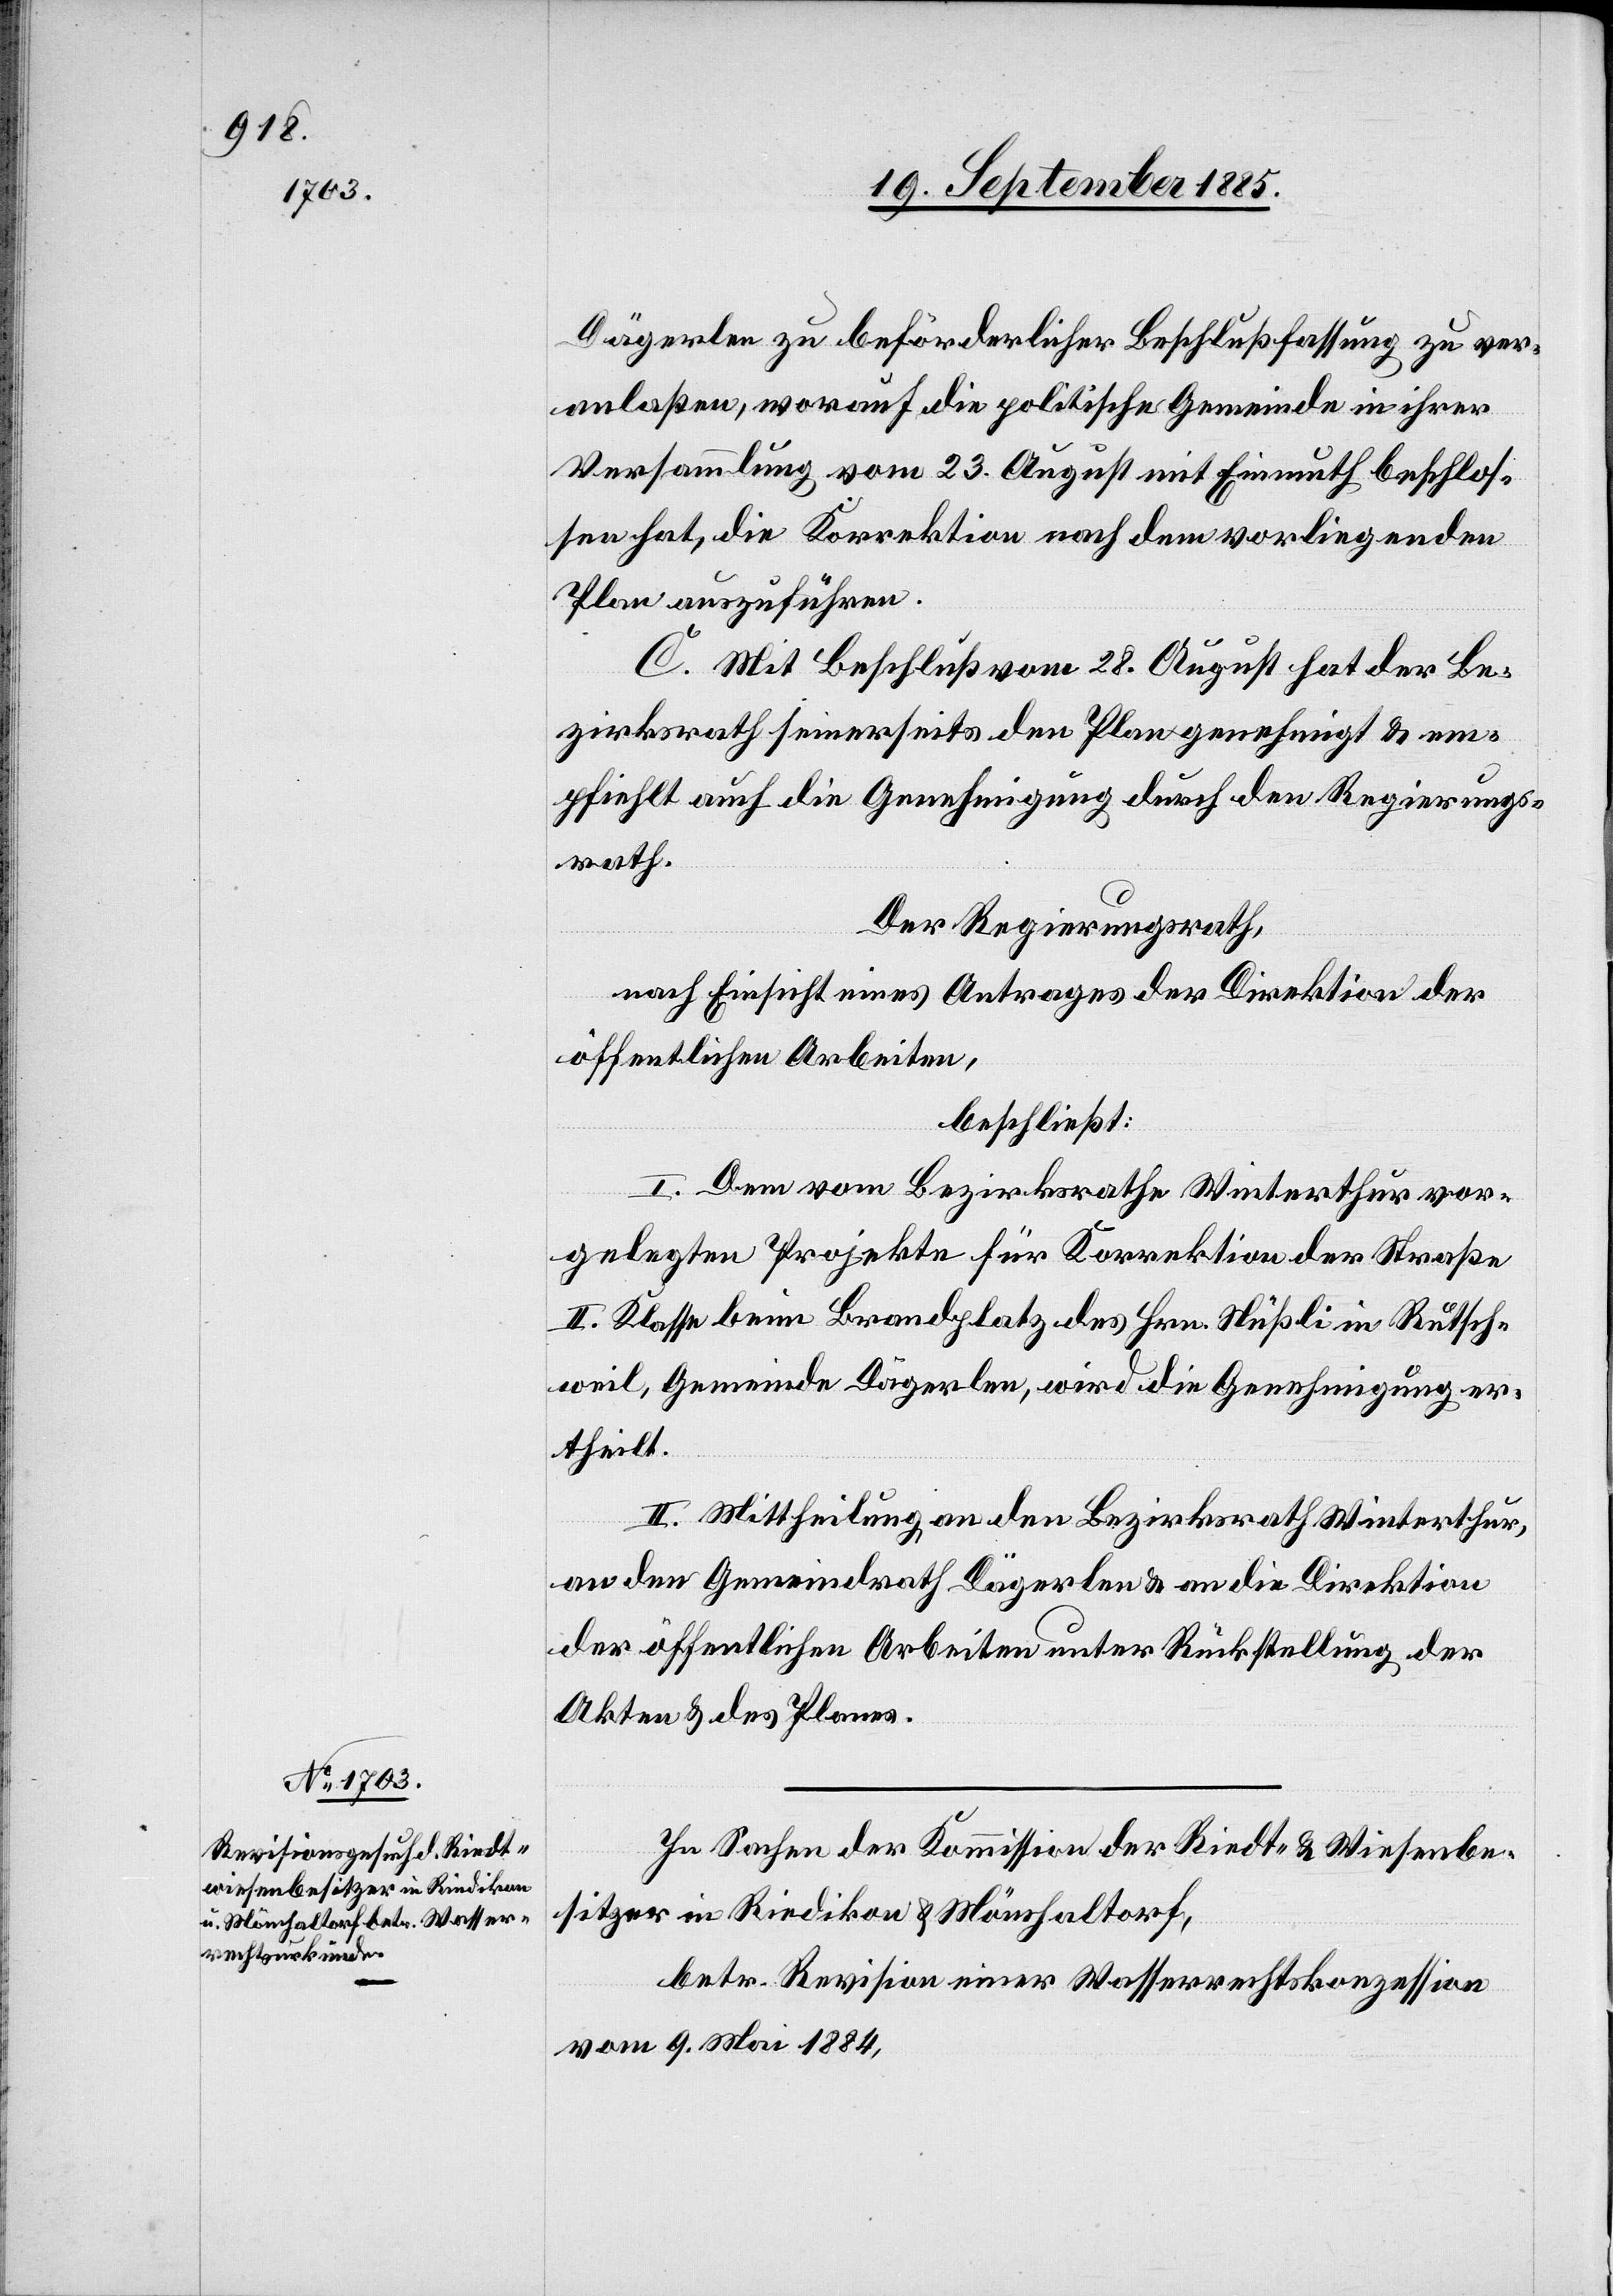
Dägerlen zu beförderlicher Beschlußfassung zu ver¬
anlaßen, worauf die politische Gemeinde in ihrer
Versammlung vom 23. August mit Einmuth beschlos¬
sen hat, die Korrektion nach dem vorliegenden
Plan auszuführen.
C. Mit Beschluß vom 28. August hat der Be¬
zirksrath seinerseits den Plan genehmigt & em¬
pfiehlt auch die Genehmigung durch den Regierungs¬
rath.
Der Regierungsrath,
nach Einsicht eines Antrages der Direktion der
öffentlichen Arbeiten,
beschließt:
I. Dem vom Bezirksrathe Winterthur vor¬
gelegten Projekte für Korrektion der Straße
II. Klasse beim Brandplatz des Hrn. Nüßli in Rutsch¬
weil, Gemeinde Dägerlen, wird die Genehmigung er¬
theilt.
II. Mittheilung an den Bezirksrath Winterthur,
an den Gemeindrath Dägerlen & an die Direktion
der öffentlichen Arbeiten unter Rückstellung der
Akten & des Planes.
In Sachen der Kommission der Riedt- & Wiesenbe¬
sitzer in Riedikon & Mönchaltorf,
betr. Revision einer Wasserrechtskonzession
vom 9. Mai 1884,